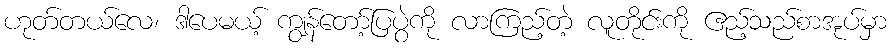
ဟုတ်တယ်လေ၊ ဒါပေမယ့် ကျွန်တော့်ပြပွဲကို လာကြည့်တဲ့ လူတိုင်းကို ဧည့်သည်စာအုပ်မှာ